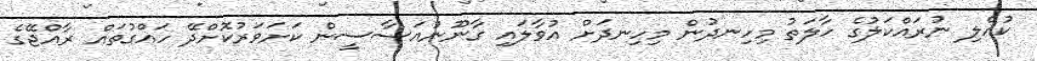
ކުއްލި ނުރައްކަލުގެ ހާލަތު މިހިނދުން މިހިނދަށް އުވާލައި ގާނޫނުއަސާސީން ކަށަވަރުކޮށްދޭ ހައްގުތައް ރާއްޖޭގެ